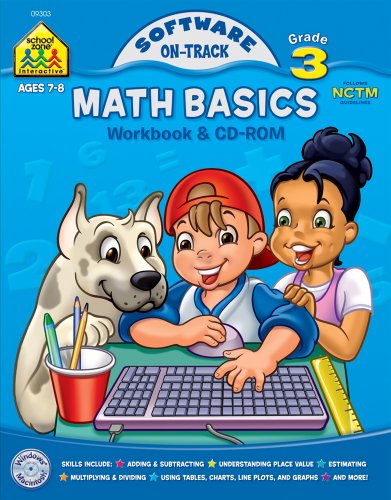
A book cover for Math Basics Grade 3 (School Zone); Barbara Bando; Children's Books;